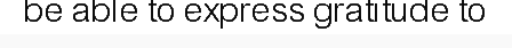
be able to express gratitude to